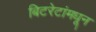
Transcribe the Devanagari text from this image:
बिटरेटांमधून